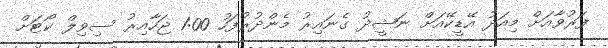
ފަރުވާއަށް މިއަދު އޭޑީކޭއަށް ނަޝީދު ގެނައިރު މެންދުރުފަހު 1:00 ޖަހާއިރު ސިވިލް ކޯޓަށް